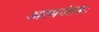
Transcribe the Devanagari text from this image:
अश्‍मनंतकः